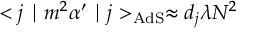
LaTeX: < j \mid m ^ { 2 } \alpha ^ { \prime } \mid j > _ { \mathrm { A d S } } \approx d _ { { j } } \lambda N ^ { 2 }